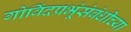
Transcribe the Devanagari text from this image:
गोविंदप्रभूंसंबंधीच्या